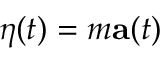
{ \boldsymbol { \eta } } ( t ) = m \mathbf { a } ( t )